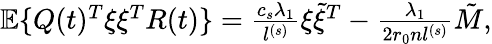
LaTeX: \begin{array}{r}{\mathbb{E}\{ Q(t)^{T}\xi\xi^{T}R(t)\} =\frac{c_{s}\lambda_{1}}{l^{(s)}}\xi\tilde{\xi}^{T}-\frac{\lambda_{1}}{2r_{0}nl^{(s)}}\tilde{M},}\end{array}